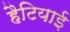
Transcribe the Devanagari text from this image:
हैटियाई